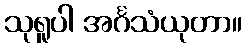
သုရူပါ အင်္ဂသံယုတာ။